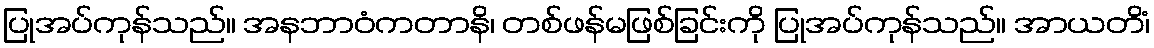
ပြုအပ်ကုန်သည်။ အနဘာဝံကတာနိ၊ တစ်ဖန်မဖြစ်ခြင်းကို ပြုအပ်ကုန်သည်။ အာယတိံ၊